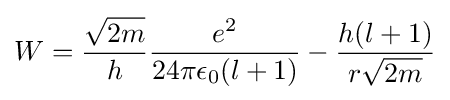
W={\frac {\sqrt {2m}}{h}}{\frac {e^{2}}{24\pi \epsilon _{0}(l+1)}}-{\frac {h(l+1)}{r{\sqrt {2m}}}}